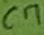
Text: C7